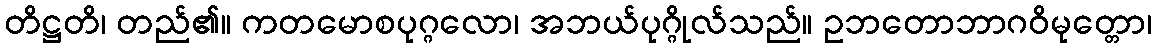
တိဋ္ဌတိ၊ တည်၏။ ကတမောစပုဂ္ဂလော၊ အဘယ်ပုဂ္ဂိုလ်သည်။ ဥဘတောဘာဂဝိမုတ္တော၊